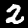
Digit: 2